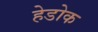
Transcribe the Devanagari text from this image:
हेडोक